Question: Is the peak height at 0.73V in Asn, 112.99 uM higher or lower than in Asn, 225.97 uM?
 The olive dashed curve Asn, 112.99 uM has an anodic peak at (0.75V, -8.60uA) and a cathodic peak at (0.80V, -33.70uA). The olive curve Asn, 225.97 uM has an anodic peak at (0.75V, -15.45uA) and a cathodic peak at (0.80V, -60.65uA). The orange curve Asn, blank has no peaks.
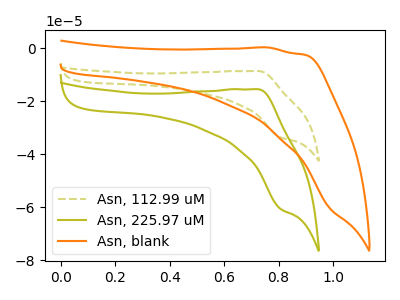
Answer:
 <answer>The peak at 0.73V is higher in "Asn, 112.99 uM" than in "Asn, 225.97 uM".</answer>
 <eval>higher</eval>